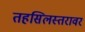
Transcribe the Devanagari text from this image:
तहसिलस्तरावर